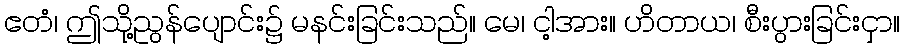
ဧတံ၊ ဤသို့ညွန်ပျောင်း၌ မနင်းခြင်းသည်။ မေ၊ ငါ့အား။ ဟိတာယ၊ စီးပွားခြင်းငှာ။